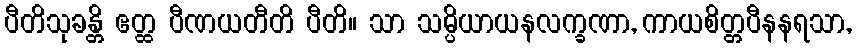
ပီတိသုခန္တိ ဧတ္ထ ပီဏယတီတိ ပီတိ။ သာ သမ္ပိယာယနလက္ခဏာ, ကာယစိတ္တပီနနရသာ,